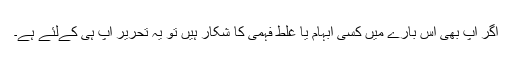
اگر آپ بھی اس بارے میں کسی ابہام یا غلط فہمی کا شکار ہیں تو یہ تحریر آپ ہی کےلئے ہے۔